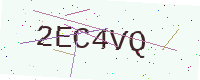
Text: 2EC4VQ